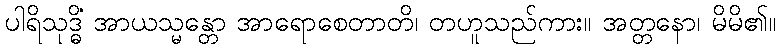
ပါရိသုဒ္ဓိံ အာယသ္မန္တော အာရောစေတာတိ၊ တဟူသည်ကား။ အတ္တနော၊ မိမိ၏။